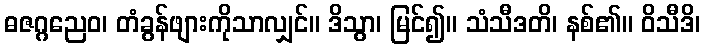
ဓဇဂ္ဂညေဝ၊ တံခွန်ဖျားကိုသာလျှင်။ ဒိသွာ၊ မြင်၍။ သံသီဒတိ၊ နစ်၏။ ဝိသီဒိ၊